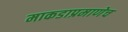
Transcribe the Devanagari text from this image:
माकडाप्रमाणेच